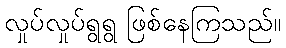
လှုပ်လှုပ်ရွရွ ဖြစ်နေကြသည်။